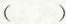
()